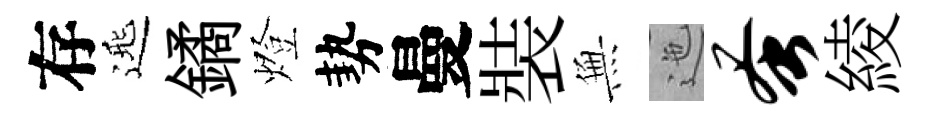
存𨓱鐍燈勢曼裝𭴾迤蚤綾